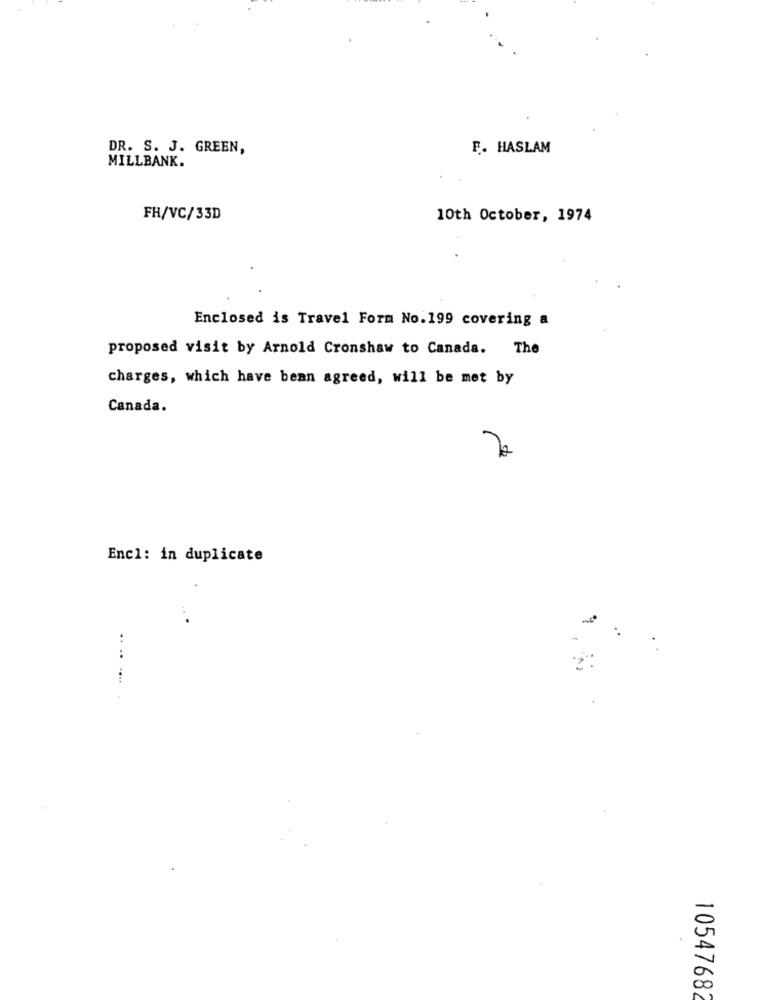
DR. S. J. GREEN,
F. HASLAM
MILLBANK.
FH/VC/33D
10th October, 1974
Enclosed is Travel Form No.199 covering a
proposed visit by Arnold Cronshaw to Canada. The
charges, which have bean agreed, will be met by
Canada.
Encl: in duplicate
.. ..
1054768